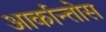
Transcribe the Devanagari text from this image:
आर्कान्तोस